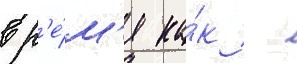
вр'е́м'я ка́к